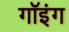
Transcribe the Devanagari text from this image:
गॉइंग